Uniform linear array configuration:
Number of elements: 32
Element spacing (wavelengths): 0.25
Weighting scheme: binomial
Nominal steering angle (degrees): -30
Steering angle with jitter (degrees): -30.01
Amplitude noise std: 0.05
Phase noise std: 0.05

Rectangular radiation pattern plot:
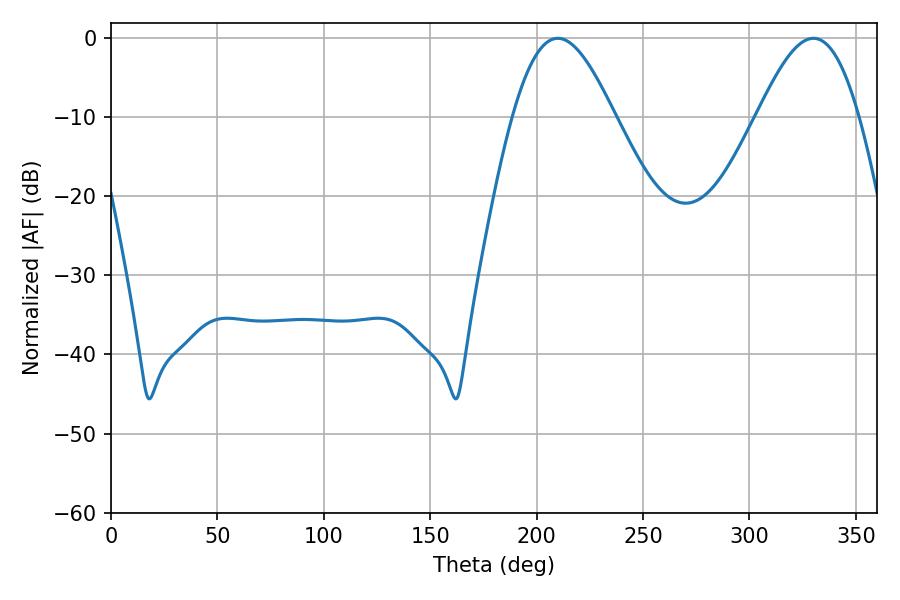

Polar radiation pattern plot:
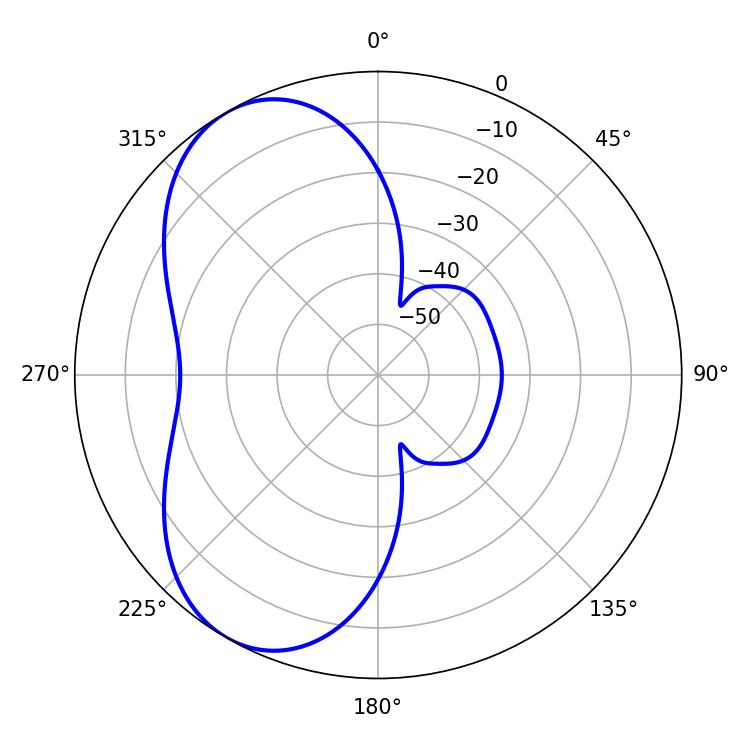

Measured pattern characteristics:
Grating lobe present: FALSE
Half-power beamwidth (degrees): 25.56
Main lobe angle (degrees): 330.12